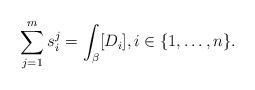
LaTeX: \begin{align*}\sum_{j=1}^m s_i^j=\int_\beta[D_i], i\in\{1,\ldots,n\}.\end{align*}